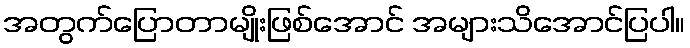
အတွက်ပြောတာမျိုးဖြစ်အောင် အများသိအောင်ပြပါ။